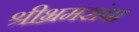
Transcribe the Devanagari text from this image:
श्रीभ्रमरांबा